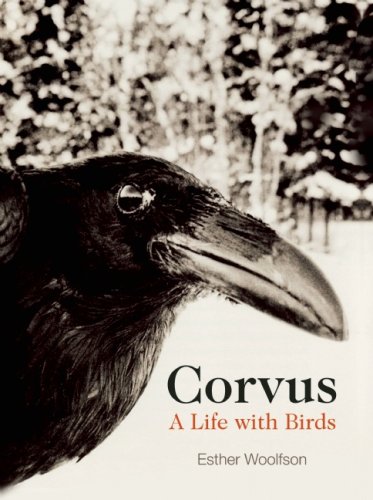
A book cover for Corvus: A Life with Birds; Esther Woolfson; Crafts, Hobbies & Home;